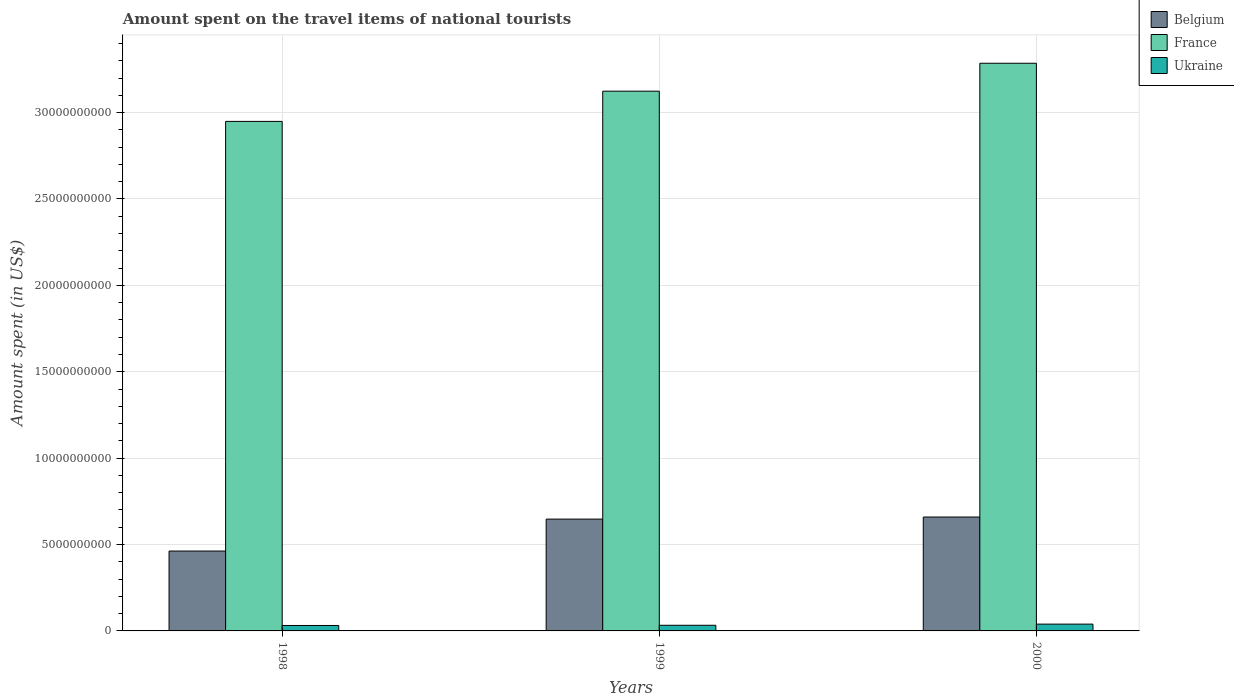
| Years | Belgium | France | Ukraine |
 | --- | --- | --- | --- |
 | 1998 | 4.62e+09 | 2.95e+10 | 3.15e+08 |
 | 1999 | 6.47e+09 | 3.12e+10 | 3.27e+08 |
 | 2000 | 6.59e+09 | 3.29e+10 | 3.94e+08 |